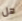
هل